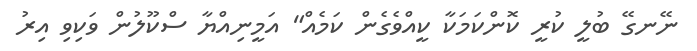
ނޭނގޭ ބުލީ ކުރީ ކޮންކަމަކާ ކީއްވެގެން ކަމެއް" އަމީނިއްޔާ ސްކޫލުން ވަކިވި އިރު